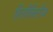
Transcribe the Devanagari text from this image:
हिलीबिलीज